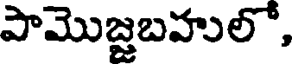
పామొజ్జబహులో,